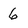
Character: 6